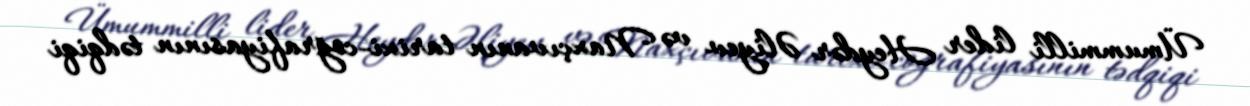
Ümummilli lider Heydər Əliyev və Naxçıvanın tarixi-coğrafiyasının tədqiqi